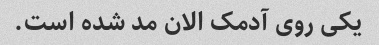
یکی روی آدمک الان مد شده است.